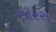
સોરસ